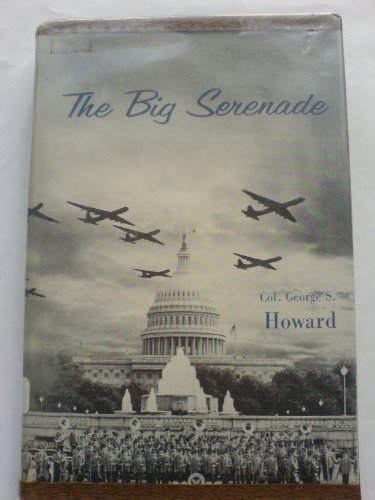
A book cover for The Big Serenade - The Exciting Adventures and Travels of the United States Air Force Band; George S Howard; Travel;